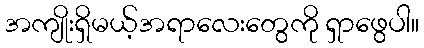
အကျိုးရှိမယ့်အရာလေးတွေကို ရှာဖွေပါ။